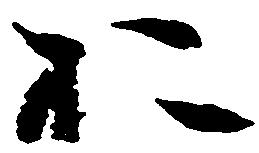
於